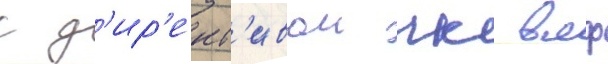
с д'ир'ект'ивои гк вмф